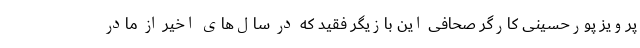
پرویز پورحسینی کارگر صحافی این بازیگر فقید که در سال‌های اخیر از مادر